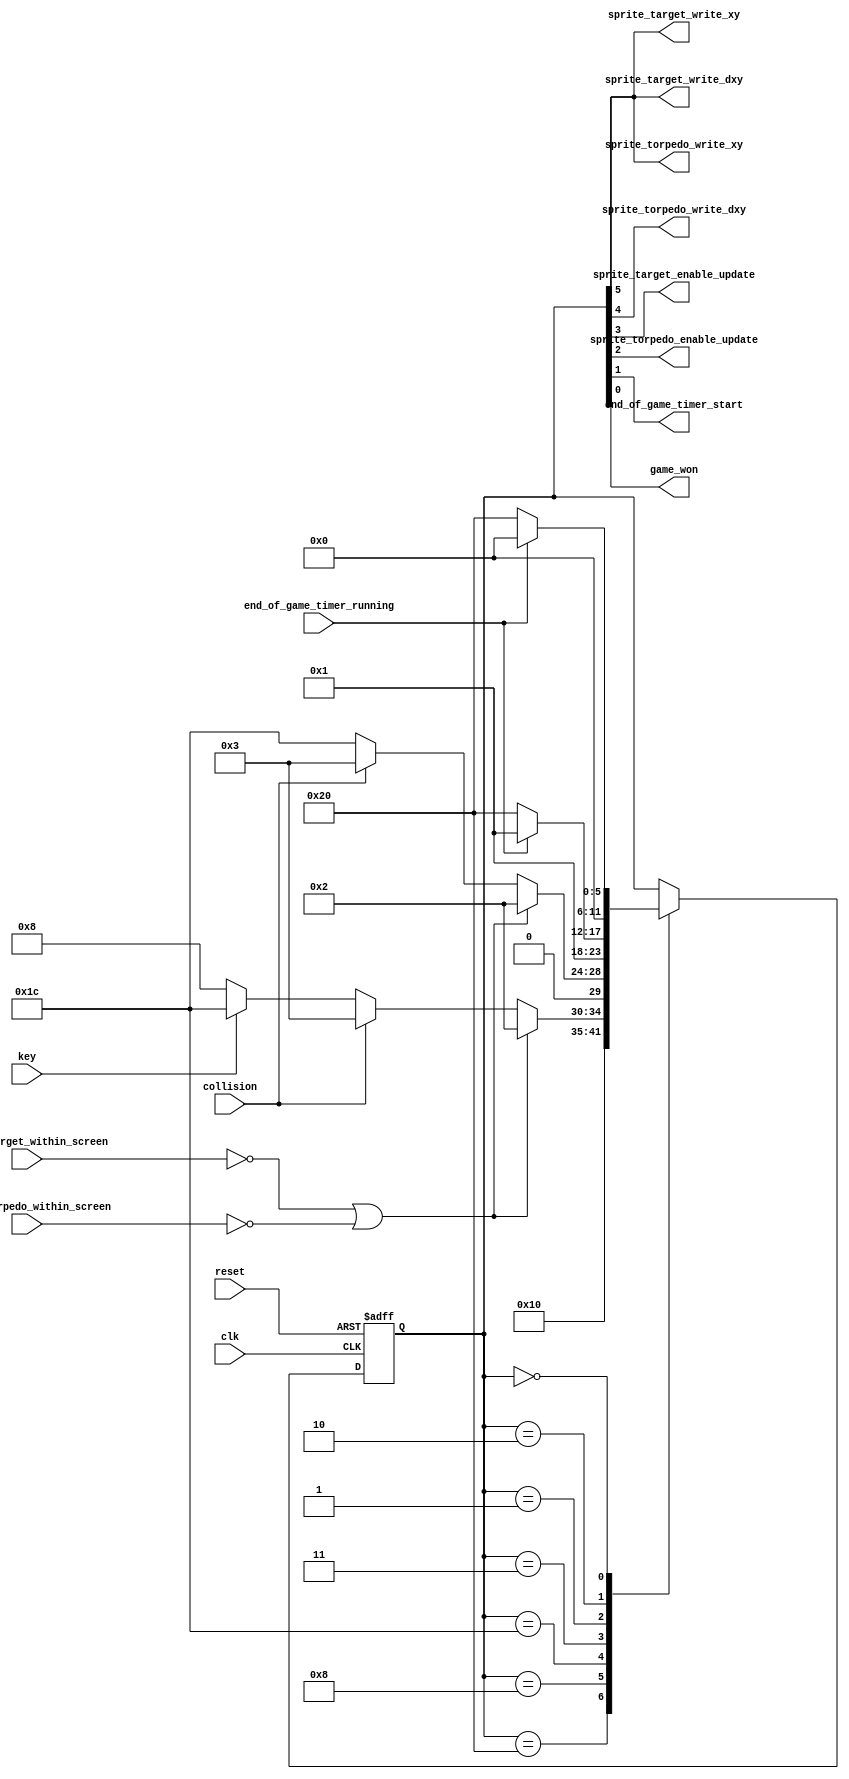
module game_master_fsm_7_signals_from_state_var_2
(
    input  clk,
    input  reset,

    input  key,

    output sprite_target_write_xy,
    output sprite_torpedo_write_xy,

    output sprite_target_write_dxy,
    output sprite_torpedo_write_dxy,

    output sprite_target_enable_update,
    output sprite_torpedo_enable_update,

    input  sprite_target_within_screen,
    input  sprite_torpedo_within_screen,

    input  collision,

    output end_of_game_timer_start,
    output game_won,

    input  end_of_game_timer_running
);

    //------------------------------------------------------------------------

    localparam [5:0] STATE_START    = 6'b100000,
                     STATE_AIM      = 6'b001000,
                     STATE_SHOOT    = 6'b011100,
                     STATE_WON      = 6'b000011,
                     STATE_WON_END  = 6'b000001,
                     STATE_LOST     = 6'b000010,
                     STATE_LOST_END = 6'b000000;

    //------------------------------------------------------------------------

    reg [5:0] state;
    reg [5:0] n_state;

    //------------------------------------------------------------------------

    assign sprite_target_write_xy        = state [5];
    assign sprite_torpedo_write_xy       = state [5];
    assign sprite_target_write_dxy       = state [5];
    assign sprite_torpedo_write_dxy      = state [4];
    assign sprite_target_enable_update   = state [3];
    assign sprite_torpedo_enable_update  = state [2];
    assign end_of_game_timer_start       = state [1];
    assign game_won                      = state [0];

    //------------------------------------------------------------------------

    wire out_of_screen
        =   ~ sprite_target_within_screen
          | ~ sprite_torpedo_within_screen;

    //------------------------------------------------------------------------

    always @*
    begin
        n_state = state;

        case (state)

        STATE_START    : n_state =                             STATE_AIM;

        STATE_AIM      : n_state = out_of_screen             ? STATE_LOST
                                 : collision                 ? STATE_WON
                                 : key                       ? STATE_SHOOT
                                 :                             STATE_AIM;

        STATE_SHOOT    : n_state = out_of_screen             ? STATE_LOST
                                 : collision                 ? STATE_WON
                                 :                             STATE_SHOOT;

        STATE_WON      : n_state =                             STATE_WON_END;

        STATE_WON_END  : n_state = end_of_game_timer_running ? STATE_WON_END
                                 :                             STATE_START;

        STATE_LOST     : n_state =                             STATE_LOST_END;

        STATE_LOST_END : n_state = end_of_game_timer_running ? STATE_LOST_END
                                 :                             STATE_START;
        endcase
    end

    //------------------------------------------------------------------------

    always @ (posedge clk or posedge reset)
        if (reset)
            state <= STATE_START;
        else
            state <= n_state;

endmodule